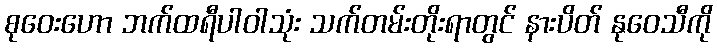
စုဝေးဟော ဘက်ထရီပါဝါသုံး သက်တမ်းတိုးရာတွင် နားပိတ် နုဝေသီကို